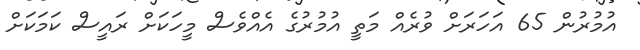
އުމުރުން 65 އަހަރަށް ވުރެއް މަތީ އުމުރުގެ އެއްވެސް މީހަކަށް ރައީސް ކަމަކަށް